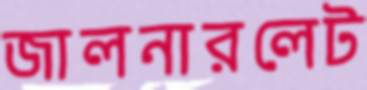
জালনারলেট